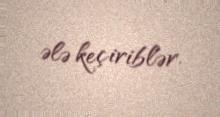
ələ keçiriblər.